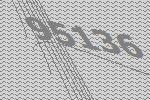
95136